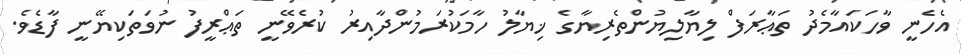
އެހެނީ ވާހަކައާމެދު ތަޢާރަފް ލިޔާލިޔުންތެރިޔާގެ ޚިޔާލު ހާމަކުރަމުންދާއިރު ކުރެވޭނީ ތަޢްރީފު ނުވަތަކިޔޭނީ ފާޑެވެ.